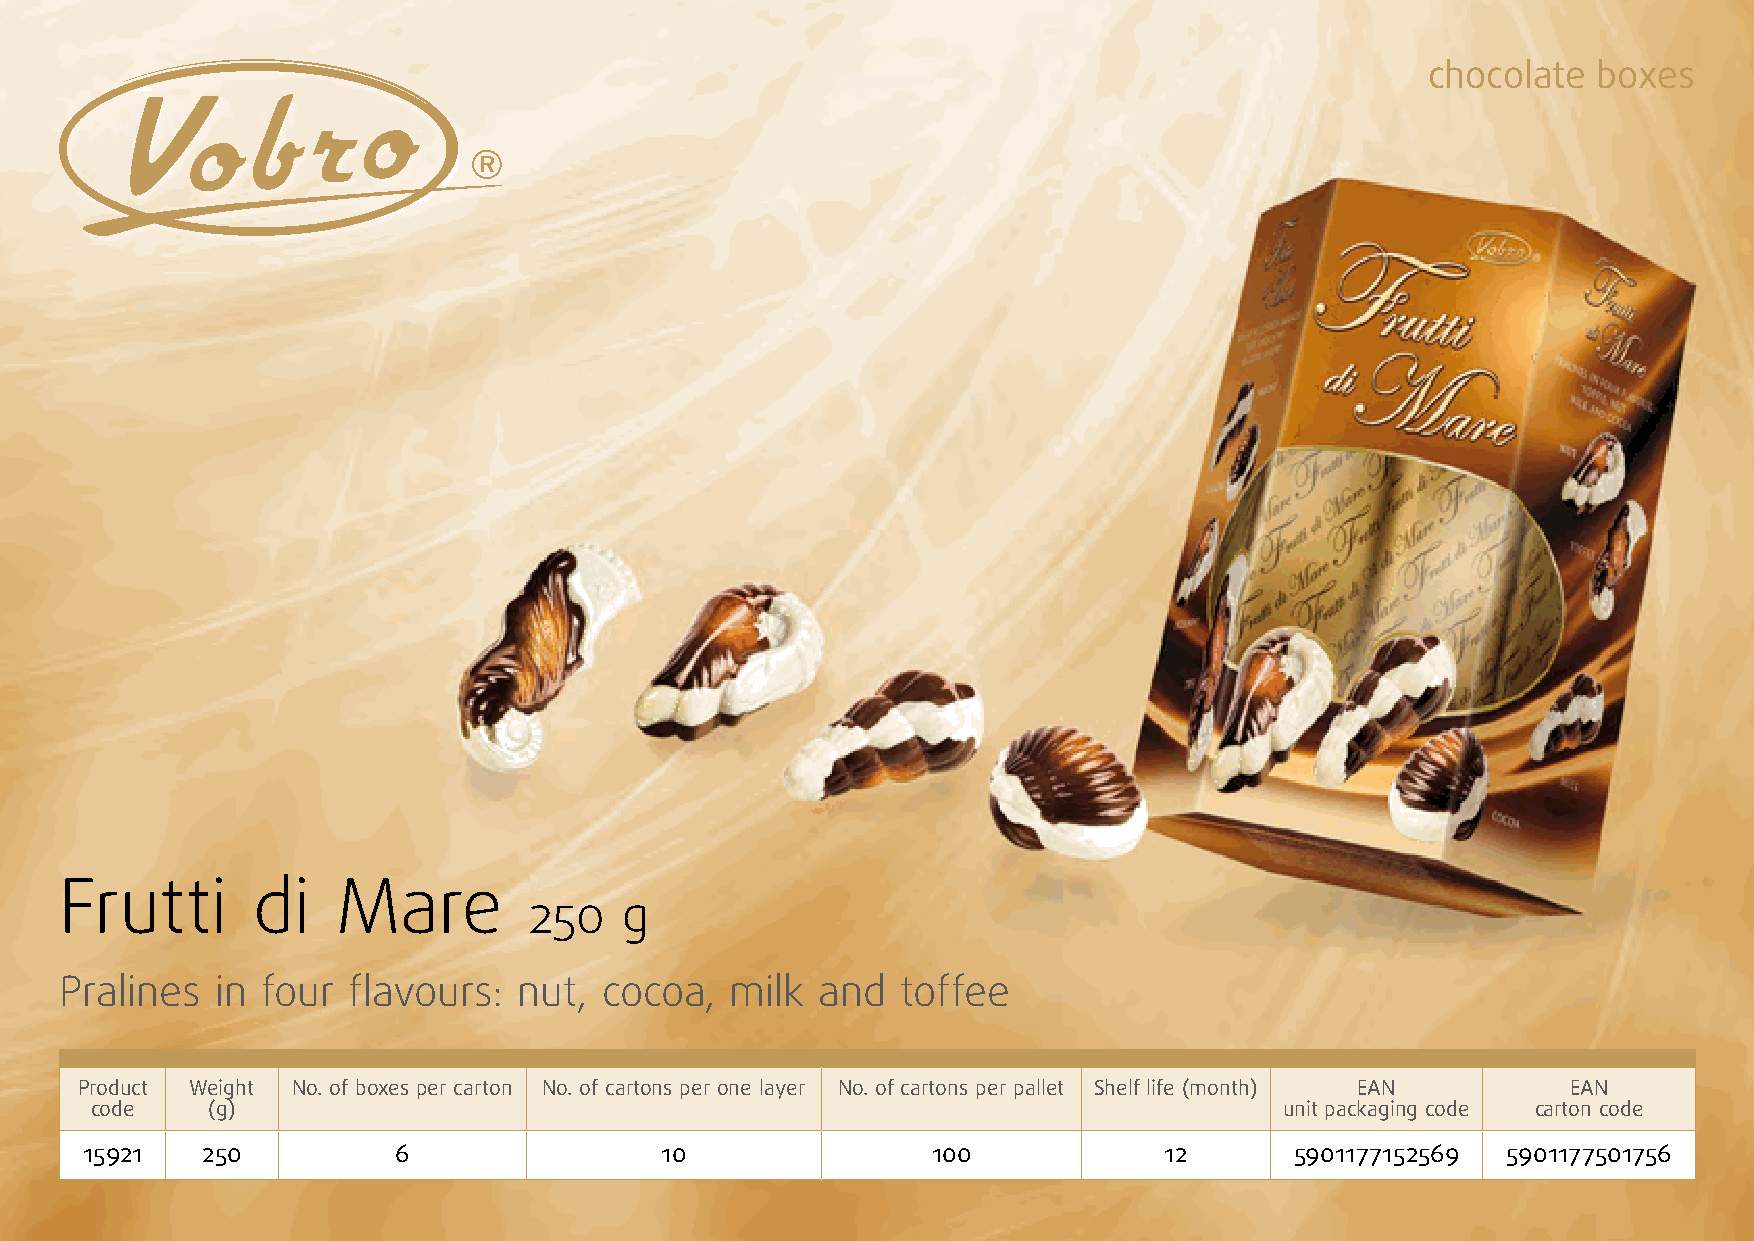
chocolate  boxes
 Frutti       di   Mare
 250   g
 Pralines  in four  flavours:  nut,  cocoa,  milk  and   toffee
 Product Weight No. of boxes per carton No. of cartons per one layer No. of cartons per pallet Shelf life (month) EAN EAN
 code    (g)                                                                    unit packaging code carton code
 15921   250          6                 10                100            12       5901177152569 5901177501756